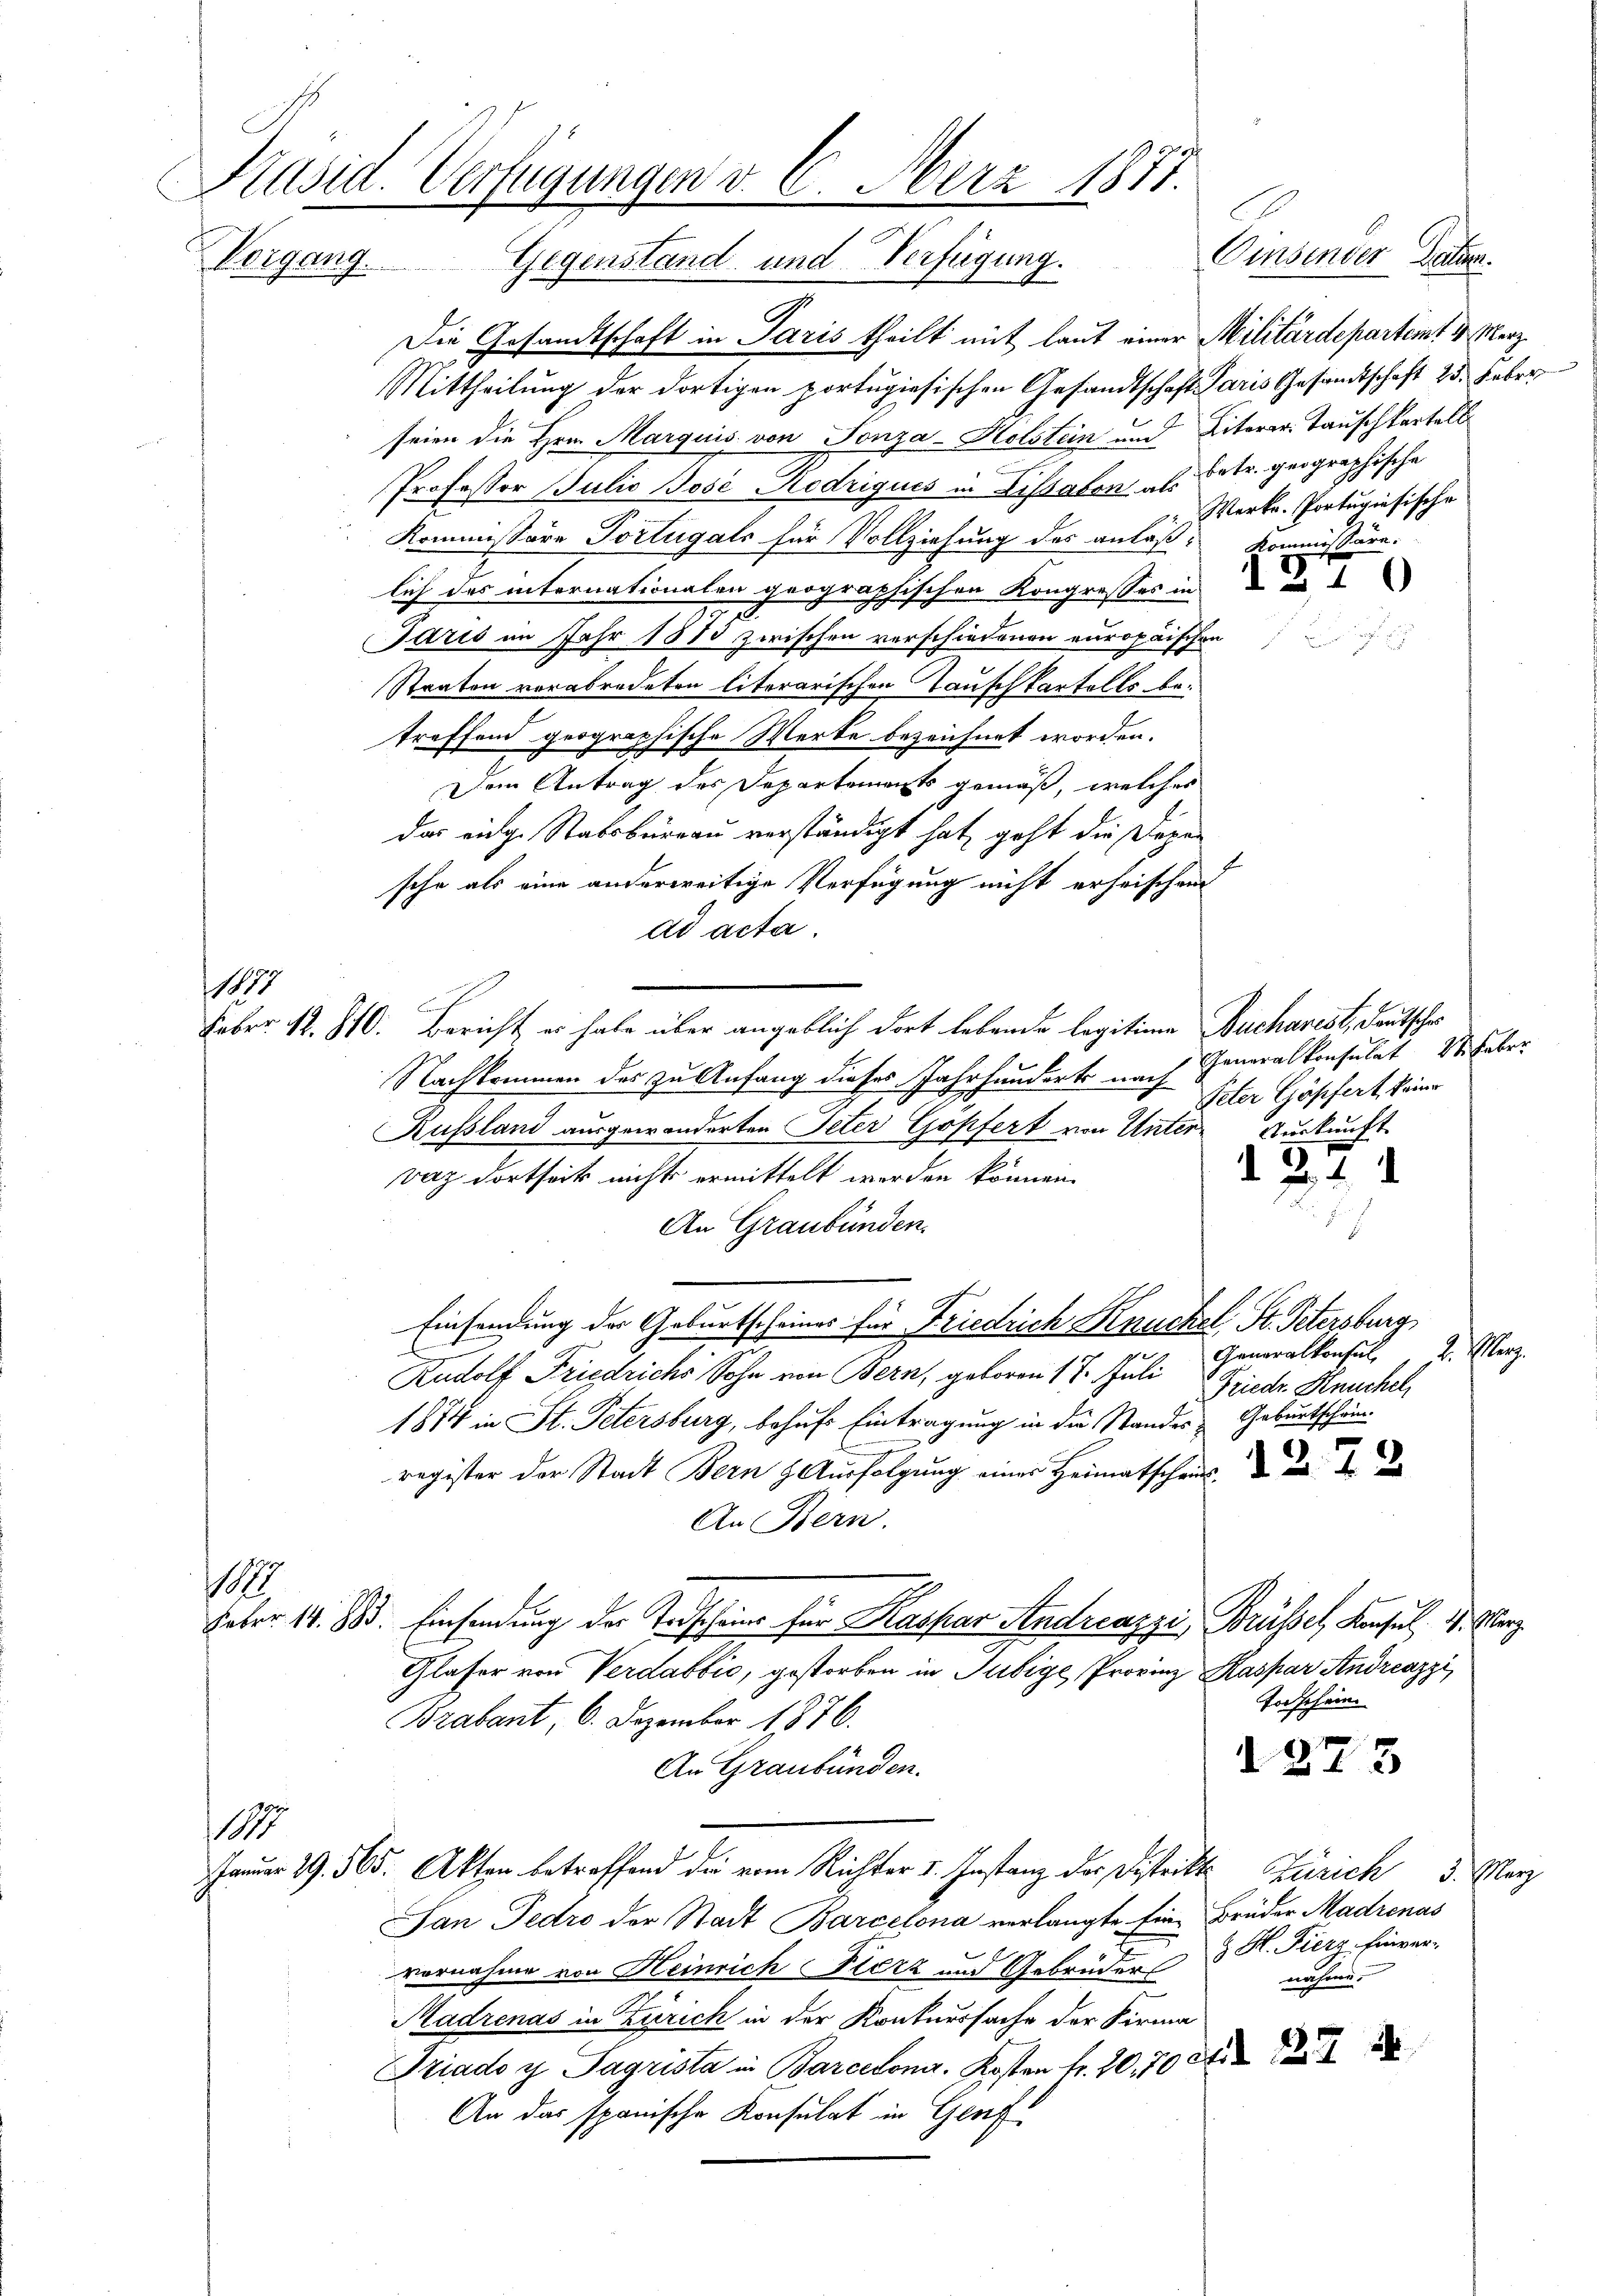
Präsid. Verfügungen d. 6. März 1871.
Vorgang. Gegenstand und Verfügung. Eisender Zähr.

Die Gesandtschaft in Paris theilt mit laut einer Militärdepartimt u. Merz
Mittheilung der dortigen portugiesischen Gesandtschaft Paris Gesandtschaft 25. Feber
seien die Hrn. Marquis von Tonza-Holstein und Literer Tauschkartell
Professor Julio Jose Rodrigues in Lissabon als Betr. geographische
Kommissore Portugals für Vollziehung des anläß-Kommissäre.
lich des internationalen geographischen Kongrosses in u
Jaris im Jahr 1873 zwischen verschiedenen europäischen
Staaten vorabredeten literarischen Tauschkartells betreffend geographische Werke bezeichnet worden.
Dem Antrag des Departements gemäß, welches
das einge Stabsbureau verständigt hat, geht die Depen
sche als eine anderweitige Verfügung nicht erheischend
ad acta.
Febr. 12. 810. Bericht er habe über angeblich dort lebende legitime Bucharest, deutscher
Nachkommen des zu Anfang dieses Jahrhunderte nach Generalkonsulat 18. Feber
Russland ausgewanderten Peter Gopfert von Untervaz dortseit nichts ermittelt werden können.
An Graubünden.
Einsendung der Geburtscheines für Friedrich Knückel, St. Petersburg
E
Generalkonsul u. Merz
Rudolf Friedrichs Sohn von Bern, geboren 17. Juli
Friedr. Knuchel,
1874 in St. Petersburg, behufs Eintragung in die Standes Geburtschein
.
register der Stadt Bern & Ausfolgung einer Heimatschaus de
An Bern.
8
Faber 18. Bd. Einsendung der Todscheine für Kaspar Andreazzis Brüssel, Konsul, 4. Merz
Glaser von Verdabbić, gestorben in Jubige Provinz Kaspar Andreazzi
Todschein.
Brabant, 6. Dezember 1876.
d 273
An Graubünden.
1
E.
Januar 19. 565. Akten betreffend die vom Richter v. Instanz der Distritt Zürich 3. März
San Fedro der Stadt Barcelona verlangte Ein Brüder Madrenas
vernahme von Heinrich Fierz und Gebrüder 3 H. Fierz- Einvernahme.
Madrenas in Zürich in der Kontuursache der Firma
Triado y Tagrista in Barcelona. Kosten Fr. 20, 70 die
An das spanische Konsulat in Genf

1877

Werke. Portugisische

Peter Göpfert, keine
Turkunft

d 271